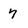
Character: 7